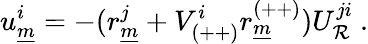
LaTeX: u_{\underline{{{m}}}}^{i}=-(r_{\underline{{{m}}}}^{j}+V_{(++)}^{i}r_{\underline{{{m}}}}^{(++)})U_{{\cal R}}^{ji}~.